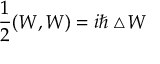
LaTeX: \frac { 1 } { 2 } ( W , W ) = i \hbar \bigtriangleup \! W